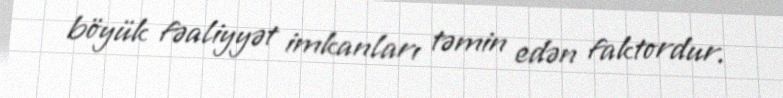
böyük fəaliyyət imkanları təmin edən faktordur.